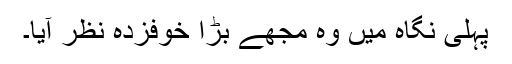
پہلی نگاہ میں وہ مجھے بڑا خوفزدہ نظر آیا۔